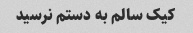
کیک سالم به دستم نرسید